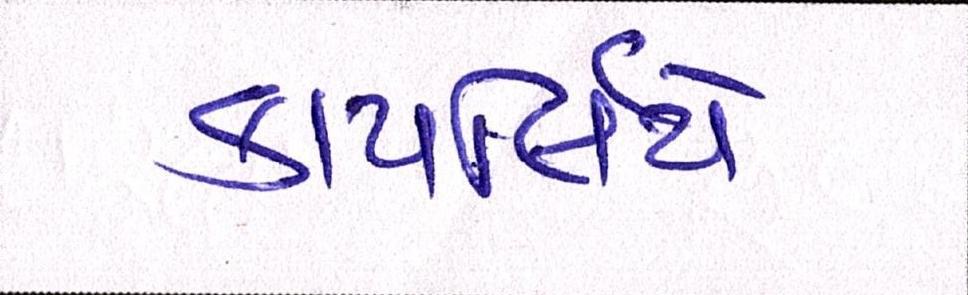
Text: કાયર્લિયે